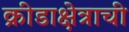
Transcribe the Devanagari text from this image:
क्रीडाक्षेत्राची